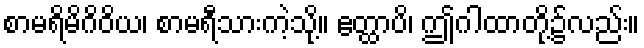
စာမရိမိဂိဝိယ၊ စာမရီသားကဲ့သို့။ ဧတ္ထာပိ၊ ဤဂါထာတို့၌လည်း။